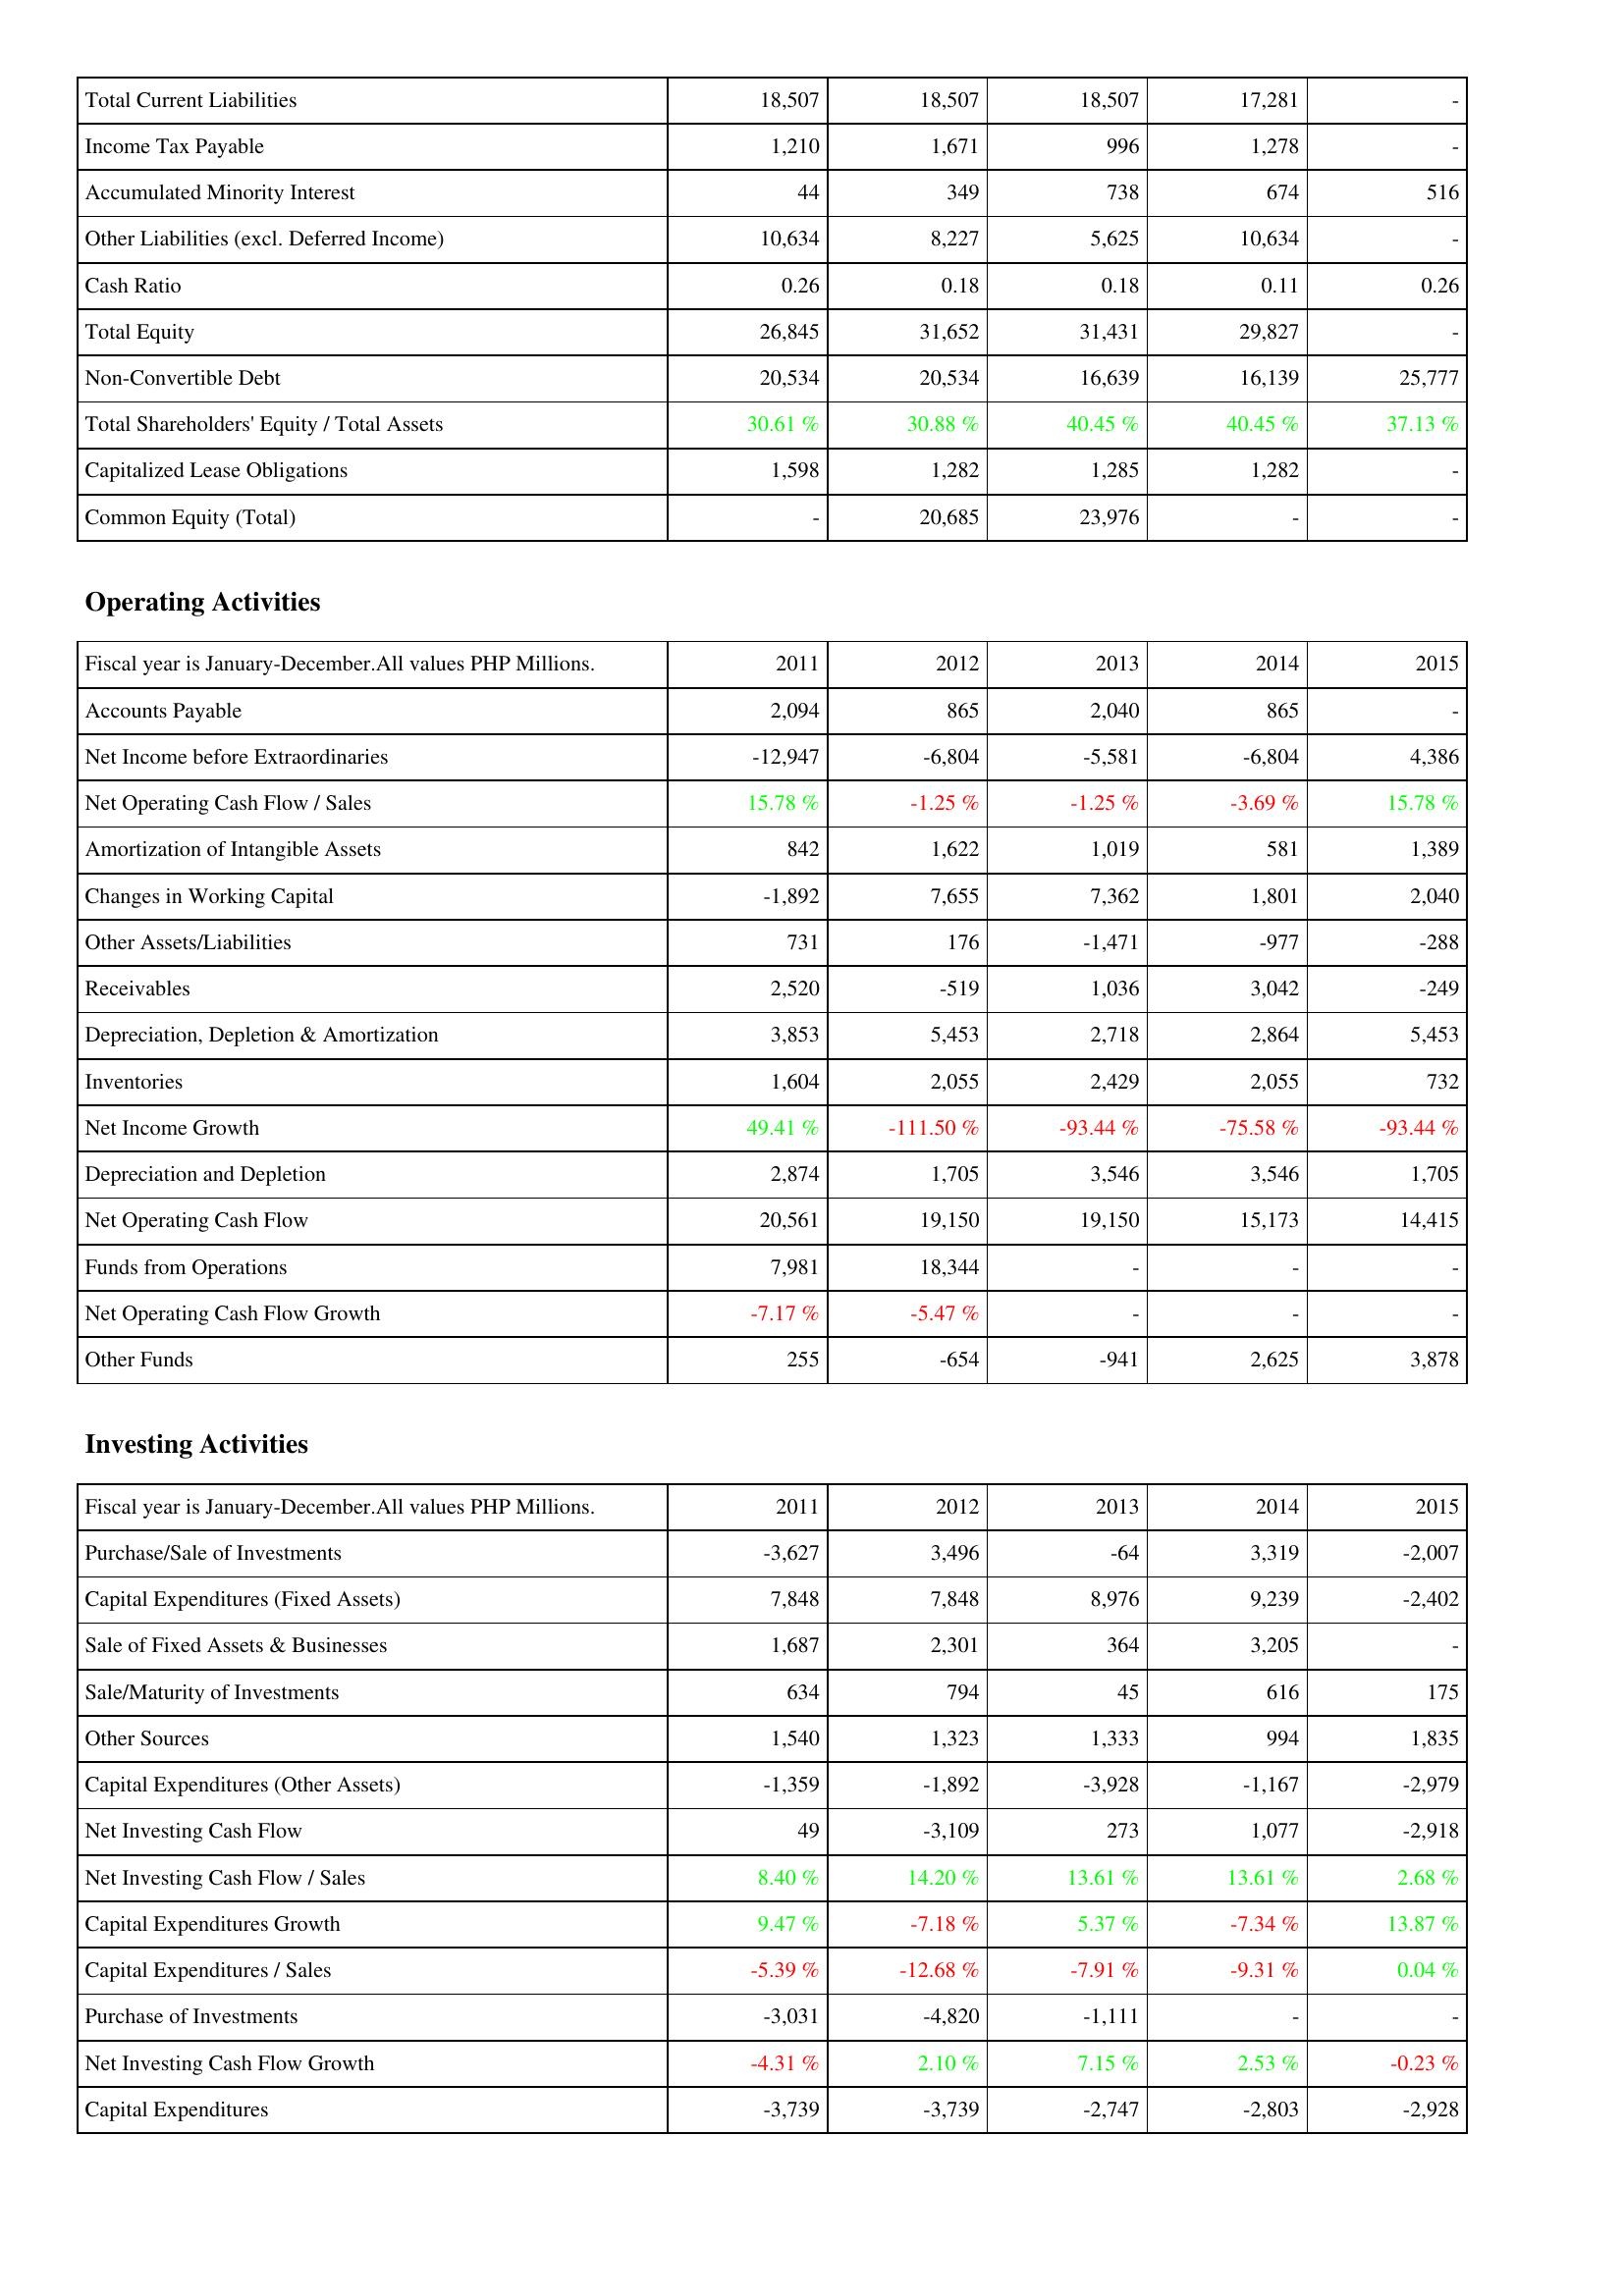
2011: Liabilities & Shareholders' Equity: Total Current Liabilities: 18,507
Income Tax Payable: 1,210
Accumulated Minority Interest: 44
Other Liabilities (excl. Deferred Income): 10,634
Cash Ratio: 0.26
Total Equity: 26,845
Non-Convertible Debt: 20,534
Total Shareholders' Equity / Total Assets: 30.61 %
Capitalized Lease Obligations: 1,598
Common Equity (Total): -
Operating Activities: Accounts Payable: 2,094
Net Income before Extraordinaries: -12,947
Net Operating Cash Flow / Sales: 15.78 %
Amortization of Intangible Assets: 842
Changes in Working Capital: -1,892
Other Assets/Liabilities: 731
Receivables: 2,520
Depreciation, Depletion & Amortization: 3,853
Inventories: 1,604
Net Income Growth: 49.41 %
Depreciation and Depletion: 2,874
Net Operating Cash Flow: 20,561
Funds from Operations: 7,981
Net Operating Cash Flow Growth: -7.17 %
Other Funds: 255
Investing Activities: Purchase/Sale of Investments: -3,627
Capital Expenditures (Fixed Assets): 7,848
Sale of Fixed Assets & Businesses: 1,687
Sale/Maturity of Investments: 634
Other Sources: 1,540
Capital Expenditures (Other Assets): -1,359
Net Investing Cash Flow: 49
Net Investing Cash Flow / Sales: 8.40 %
Capital Expenditures Growth: 9.47 %
Capital Expenditures / Sales: -5.39 %
Purchase of Investments: -3,031
Net Investing Cash Flow Growth: -4.31 %
Capital Expenditures: -3,739
2012: Liabilities & Shareholders' Equity: Total Current Liabilities: 18,507
Income Tax Payable: 1,671
Accumulated Minority Interest: 349
Other Liabilities (excl. Deferred Income): 8,227
Cash Ratio: 0.18
Total Equity: 31,652
Non-Convertible Debt: 20,534
Total Shareholders' Equity / Total Assets: 30.88 %
Capitalized Lease Obligations: 1,282
Common Equity (Total): 20,685
Operating Activities: Accounts Payable: 865
Net Income before Extraordinaries: -6,804
Net Operating Cash Flow / Sales: -1.25 %
Amortization of Intangible Assets: 1,622
Changes in Working Capital: 7,655
Other Assets/Liabilities: 176
Receivables: -519
Depreciation, Depletion & Amortization: 5,453
Inventories: 2,055
Net Income Growth: -111.50 %
Depreciation and Depletion: 1,705
Net Operating Cash Flow: 19,150
Funds from Operations: 18,344
Net Operating Cash Flow Growth: -5.47 %
Other Funds: -654
Investing Activities: Purchase/Sale of Investments: 3,496
Capital Expenditures (Fixed Assets): 7,848
Sale of Fixed Assets & Businesses: 2,301
Sale/Maturity of Investments: 794
Other Sources: 1,323
Capital Expenditures (Other Assets): -1,892
Net Investing Cash Flow: -3,109
Net Investing Cash Flow / Sales: 14.20 %
Capital Expenditures Growth: -7.18 %
Capital Expenditures / Sales: -12.68 %
Purchase of Investments: -4,820
Net Investing Cash Flow Growth: 2.10 %
Capital Expenditures: -3,739
2013: Liabilities & Shareholders' Equity: Total Current Liabilities: 18,507
Income Tax Payable: 996
Accumulated Minority Interest: 738
Other Liabilities (excl. Deferred Income): 5,625
Cash Ratio: 0.18
Total Equity: 31,431
Non-Convertible Debt: 16,639
Total Shareholders' Equity / Total Assets: 40.45 %
Capitalized Lease Obligations: 1,285
Common Equity (Total): 23,976
Operating Activities: Accounts Payable: 2,040
Net Income before Extraordinaries: -5,581
Net Operating Cash Flow / Sales: -1.25 %
Amortization of Intangible Assets: 1,019
Changes in Working Capital: 7,362
Other Assets/Liabilities: -1,471
Receivables: 1,036
Depreciation, Depletion & Amortization: 2,718
Inventories: 2,429
Net Income Growth: -93.44 %
Depreciation and Depletion: 3,546
Net Operating Cash Flow: 19,150
Funds from Operations: -
Net Operating Cash Flow Growth: -
Other Funds: -941
Investing Activities: Purchase/Sale of Investments: -64
Capital Expenditures (Fixed Assets): 8,976
Sale of Fixed Assets & Businesses: 364
Sale/Maturity of Investments: 45
Other Sources: 1,333
Capital Expenditures (Other Assets): -3,928
Net Investing Cash Flow: 273
Net Investing Cash Flow / Sales: 13.61 %
Capital Expenditures Growth: 5.37 %
Capital Expenditures / Sales: -7.91 %
Purchase of Investments: -1,111
Net Investing Cash Flow Growth: 7.15 %
Capital Expenditures: -2,747
2014: Liabilities & Shareholders' Equity: Total Current Liabilities: 17,281
Income Tax Payable: 1,278
Accumulated Minority Interest: 674
Other Liabilities (excl. Deferred Income): 10,634
Cash Ratio: 0.11
Total Equity: 29,827
Non-Convertible Debt: 16,139
Total Shareholders' Equity / Total Assets: 40.45 %
Capitalized Lease Obligations: 1,282
Common Equity (Total): -
Operating Activities: Accounts Payable: 865
Net Income before Extraordinaries: -6,804
Net Operating Cash Flow / Sales: -3.69 %
Amortization of Intangible Assets: 581
Changes in Working Capital: 1,801
Other Assets/Liabilities: -977
Receivables: 3,042
Depreciation, Depletion & Amortization: 2,864
Inventories: 2,055
Net Income Growth: -75.58 %
Depreciation and Depletion: 3,546
Net Operating Cash Flow: 15,173
Funds from Operations: -
Net Operating Cash Flow Growth: -
Other Funds: 2,625
Investing Activities: Purchase/Sale of Investments: 3,319
Capital Expenditures (Fixed Assets): 9,239
Sale of Fixed Assets & Businesses: 3,205
Sale/Maturity of Investments: 616
Other Sources: 994
Capital Expenditures (Other Assets): -1,167
Net Investing Cash Flow: 1,077
Net Investing Cash Flow / Sales: 13.61 %
Capital Expenditures Growth: -7.34 %
Capital Expenditures / Sales: -9.31 %
Purchase of Investments: -
Net Investing Cash Flow Growth: 2.53 %
Capital Expenditures: -2,803
2015: Liabilities & Shareholders' Equity: Total Current Liabilities: -
Income Tax Payable: -
Accumulated Minority Interest: 516
Other Liabilities (excl. Deferred Income): -
Cash Ratio: 0.26
Total Equity: -
Non-Convertible Debt: 25,777
Total Shareholders' Equity / Total Assets: 37.13 %
Capitalized Lease Obligations: -
Common Equity (Total): -
Operating Activities: Accounts Payable: -
Net Income before Extraordinaries: 4,386
Net Operating Cash Flow / Sales: 15.78 %
Amortization of Intangible Assets: 1,389
Changes in Working Capital: 2,040
Other Assets/Liabilities: -288
Receivables: -249
Depreciation, Depletion & Amortization: 5,453
Inventories: 732
Net Income Growth: -93.44 %
Depreciation and Depletion: 1,705
Net Operating Cash Flow: 14,415
Funds from Operations: -
Net Operating Cash Flow Growth: -
Other Funds: 3,878
Investing Activities: Purchase/Sale of Investments: -2,007
Capital Expenditures (Fixed Assets): -2,402
Sale of Fixed Assets & Businesses: -
Sale/Maturity of Investments: 175
Other Sources: 1,835
Capital Expenditures (Other Assets): -2,979
Net Investing Cash Flow: -2,918
Net Investing Cash Flow / Sales: 2.68 %
Capital Expenditures Growth: 13.87 %
Capital Expenditures / Sales: 0.04 %
Purchase of Investments: -
Net Investing Cash Flow Growth: -0.23 %
Capital Expenditures: -2,928